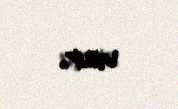
var.